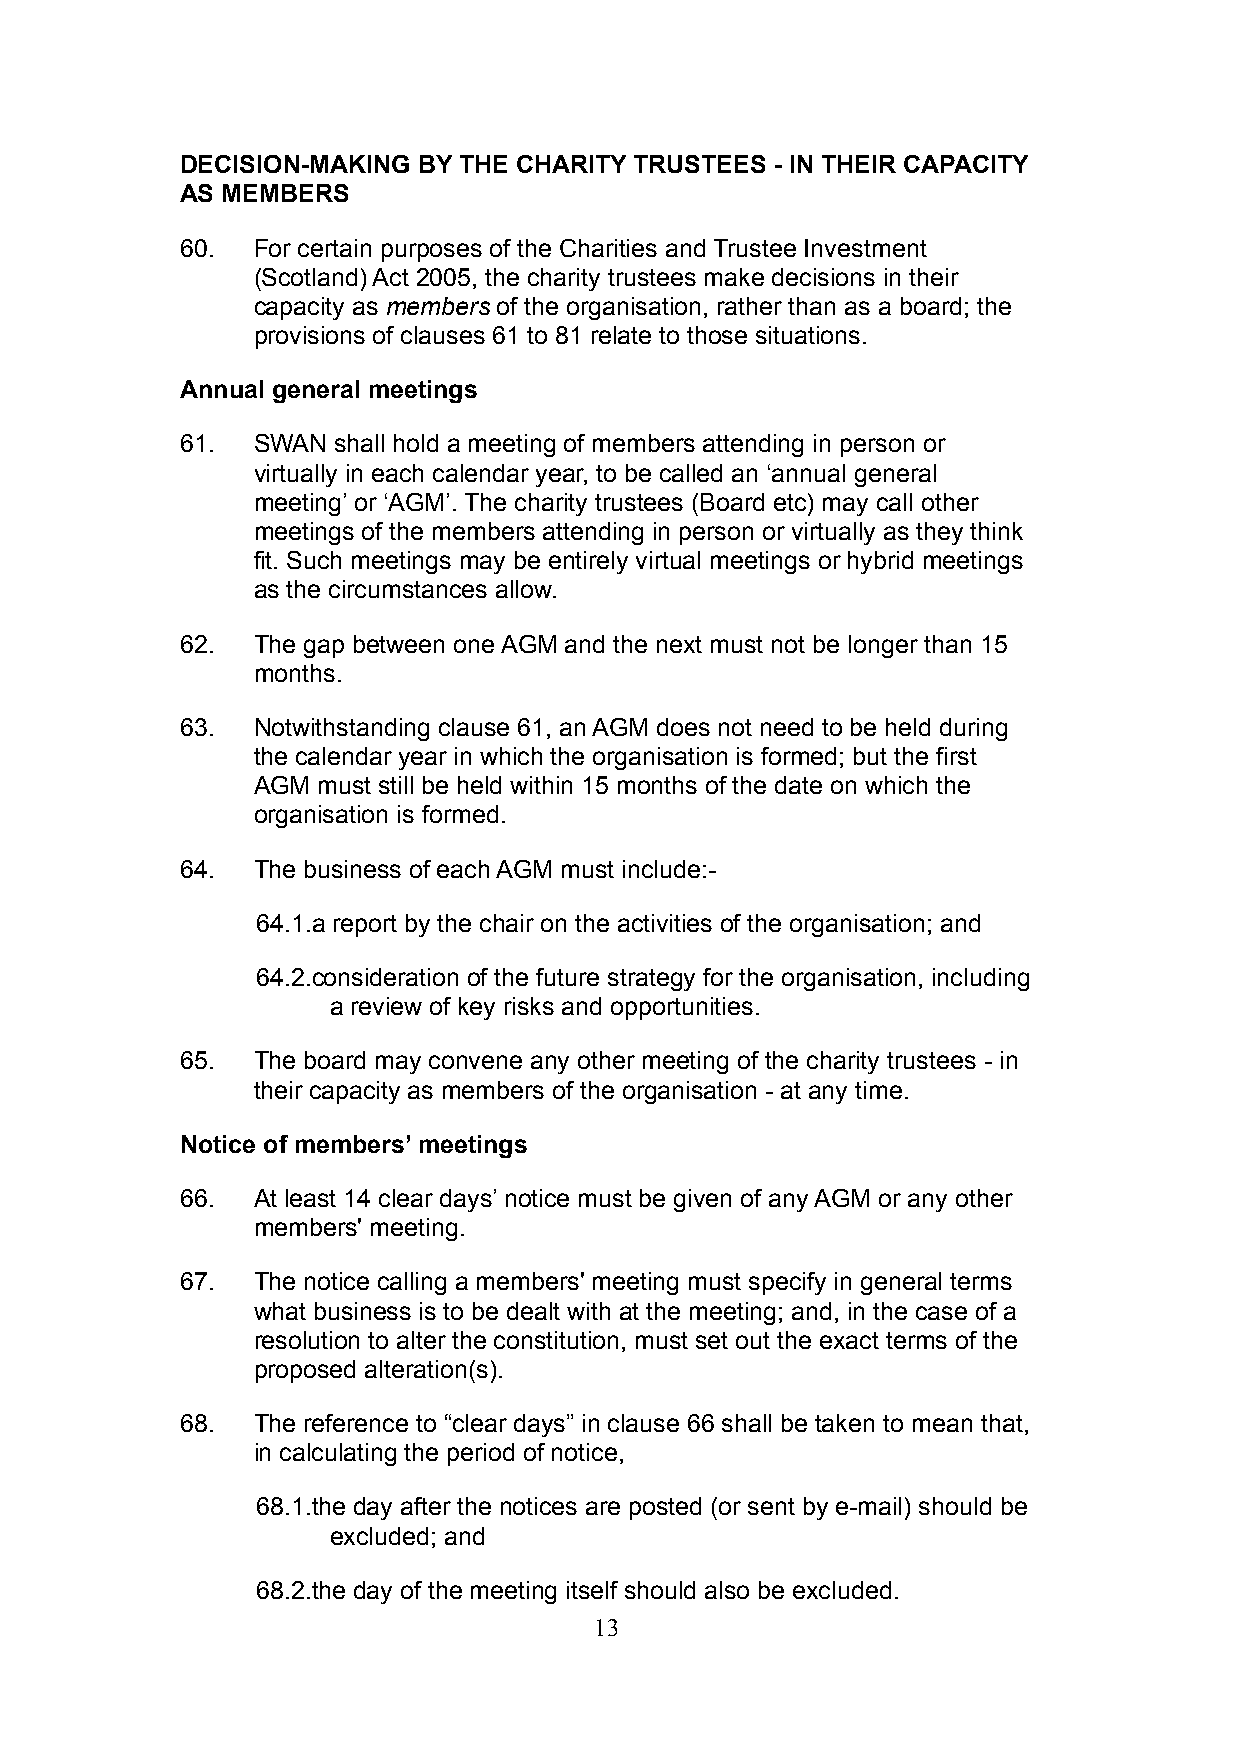
DECISION-MAKING BY THE CHARITY TRUSTEES - IN THEIR CAPACITY
 AS MEMBERS
 60.  For certain purposes of the Charities and Trustee Investment
 (Scotland) Act 2005, the charity trustees make decisions in their
 capacity as members of the organisation, rather than as a board; the
 provisions of clauses 61 to 81 relate to those situations.
 Annual general meetings
 61.  SWAN shall hold a meeting of members attending in person or
 virtually in each calendar year, to be called an ‘annual general
 meeting’ or ‘AGM’. The charity trustees (Board etc) may call other
 meetings of the members attending in person or virtually as they think
 fit. Such meetings may be entirely virtual meetings or hybrid meetings
 as the circumstances allow.
 62.  The gap between one AGM and the next must not be longer than 15
 months.
 63.  Notwithstanding clause 61, an AGM does not need to be held during
 the calendar year in which the organisation is formed; but the first
 AGM must still be held within 15 months of the date on which the
 organisation is formed.
 64.  The business of each AGM must include:-
 64.1.a report by the chair on the activities of the organisation; and
 64.2.consideration of the future strategy for the organisation, including
 a review of key risks and opportunities.
 65.  The board may convene any other meeting of the charity trustees - in
 their capacity as members of the organisation - at any time.
 Notice of members’ meetings
 66.  At least 14 clear days’ notice must be given of any AGM or any other
 members' meeting.
 67.  The notice calling a members' meeting must specify in general terms
 what business is to be dealt with at the meeting; and, in the case of a
 resolution to alter the constitution, must set out the exact terms of the
 proposed alteration(s).
 68.  The reference to “clear days” in clause 66 shall be taken to mean that,
 in calculating the period of notice,
 68.1.the day after the notices are posted (or sent by e-mail) should be
 excluded; and
 68.2.the day of the meeting itself should also be excluded.
 13